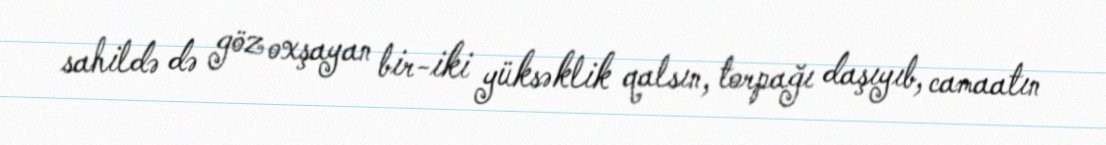
sahildə də göz oxşayan bir-iki yüksəklik qalsın, torpağı daşıyıb, camaatın